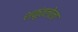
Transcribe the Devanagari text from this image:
शकुंतलेला